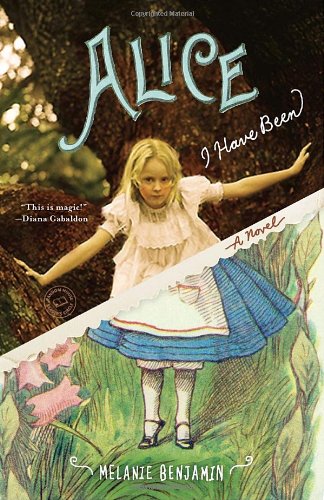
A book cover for Alice I Have Been: A Novel (Random House Reader's Circle); Melanie Benjamin; Literature & Fiction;